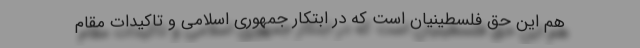
هم این حق فلسطینیان است که در ابتکار جمهوری اسلامی و تاکیدات مقام